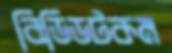
বিডিডটকম